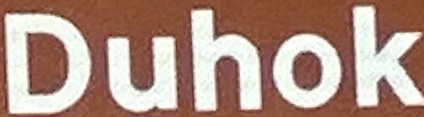
Duhok